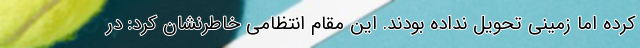
کرده اما زمینی تحویل نداده بودند. این مقام انتظامی خاطرنشان کرد: در